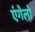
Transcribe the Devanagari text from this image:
एंगेलो